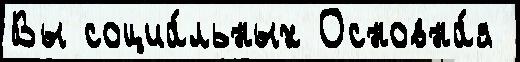
Вы социа́льных Основна́я